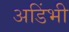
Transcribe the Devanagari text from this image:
अडिंभी